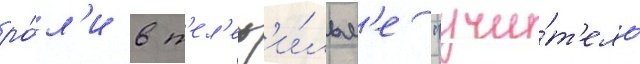
ро́л'и в т'ел'еф'и́льм'е "учи́т'ель